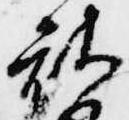
被